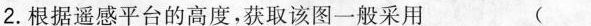
2.根据遥感平台的高度，获取该图一般采用 (）